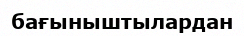
бағыныштылардан